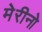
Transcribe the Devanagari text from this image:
मेरीनो